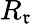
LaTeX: R_{\mathfrak{r}}